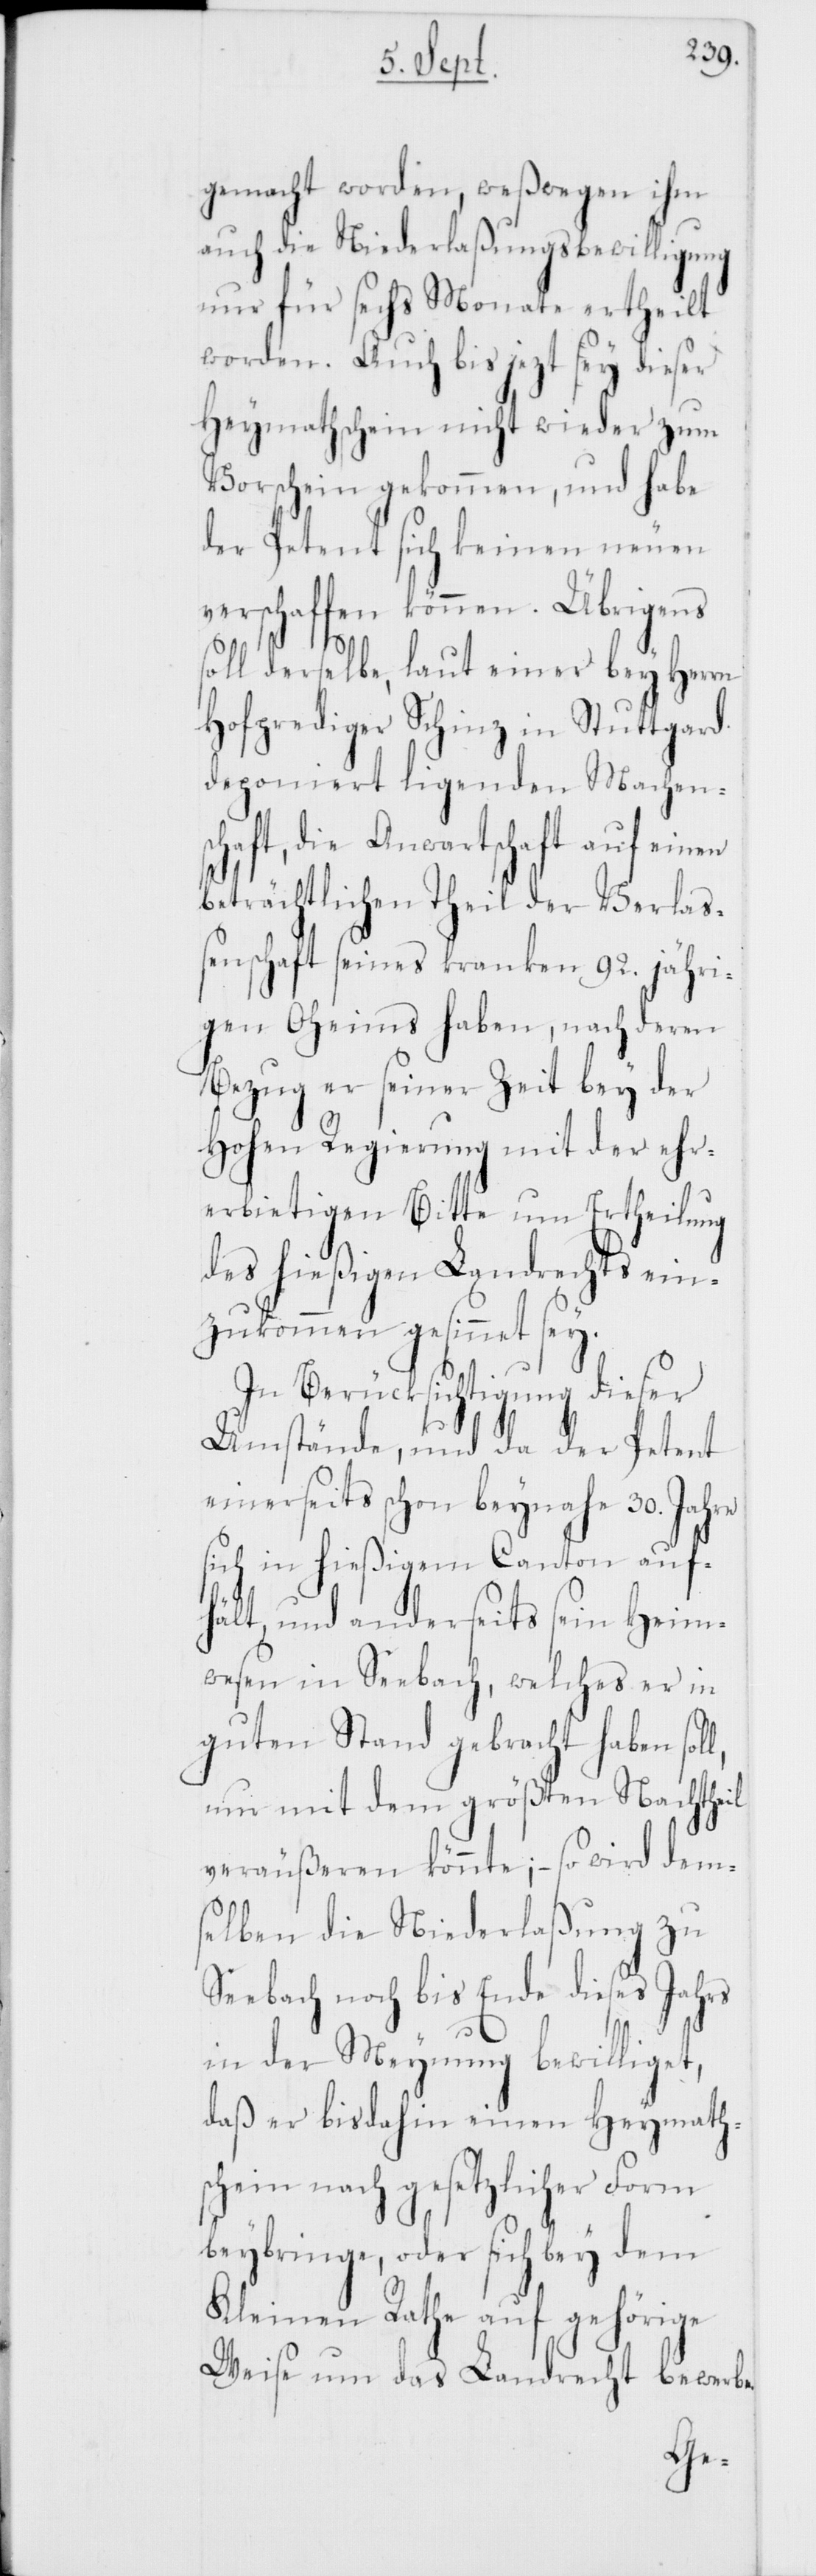
gemacht worden, weßwegen ihm
auch die Niederlaßungsbewilligung
nur für sechs Monate ertheilt
worden. Auch bis jezt sey dieser
Heymathschein nicht wieder zum
Vorschein gekommen, und habe
der Petent sich keinen neuen
verschaffen können. Übrigens
soll derselbe, laut einer bey Herrn
Hofprediger Schinz in Stuttgard
deponiert ligenden Machens¬
chaft, die Anwartschaft auf einen
beträchtlichen Theil der Verlaß¬
enschaft seines kranken 92. jähri¬
gen Oheims haben, nach deren
Bezug er seiner Zeit bey der
Hohen Regierung mit der ehr¬
erbietigen Bitte um Ertheilung
des hießigen Landrechts ein¬
zukommen gesinnet sey.
In Berücksichtigung dieser
Umstände, und da der Petent
einerseits schon beynahe 30. Jahre
sich in hießigem Canton auf¬
hält, und anderseits sein Heim¬
wesen in Seebach, welches er in
guten Stand gebracht haben sol¬
l, nur mit dem größten Nachtheil
veräußeren könnte; – so wird dem¬
selben die Niederlaßung zu
Seebach noch bis Ende dieses Jahrs
in der Meynung bewilliget,
daß er bis dahin einen Heymaths¬
chein nach gesetzlicher Form
beybringe, oder sich bey dem
Kleinen Rathe auf gehörige
Weise um das Landrecht berwerbe.